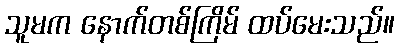
သူမက နောက်တစ်ကြိမ် ထပ်မေးသည်။